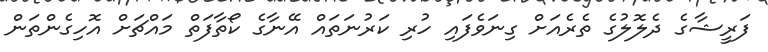
ފަރީޝާގެ ދެލޮލުގެ ތެރެއަށް ގިނަވެފައި ހުރި ކަރުނަތައް އޭނާގެ ކޯތާފަތް މައްޗަށް އޮހިގެންތަން